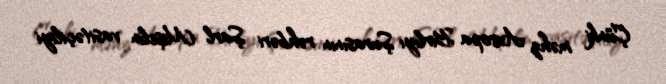
Çünki məhz Avropa Birliyi Şurasının rəhbəri Şarl Mişelin vasitəçiliyi